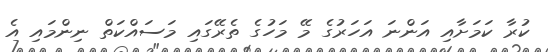
ކުރާ ކަމަށާއި އަންނަ އަހަރުގެ މޭ މަހުގެ ތެރޭގައި މަސައްކަތް ނިންމައި އެ